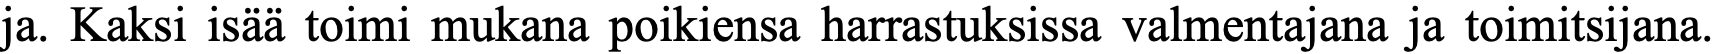
ja. Kaksi isää toimi mukana poikiensa harrastuksissa valmentajana ja toimitsijana.